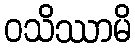
ဝသိဿာမိ